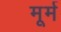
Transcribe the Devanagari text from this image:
मूर्म